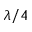
\lambda / 4